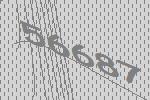
56687